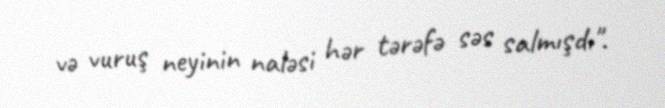
və vuruş neyinin naləsi hər tərəfə səs salmışdı".